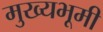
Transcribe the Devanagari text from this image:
मुख्यभूमी